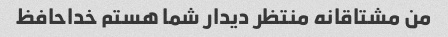
من مشتاقانه منتظر دیدار شما هستم خداحافظ